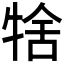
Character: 𤙱